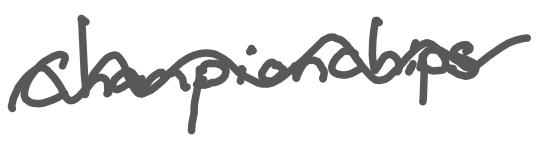
Text: Championships
Cross-out: wave
Writing tool: digital_gray